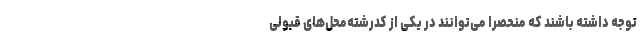
توجه داشته باشند که منحصراً می‌توانند در یکی از کدرشته‌محل‌های قبولی